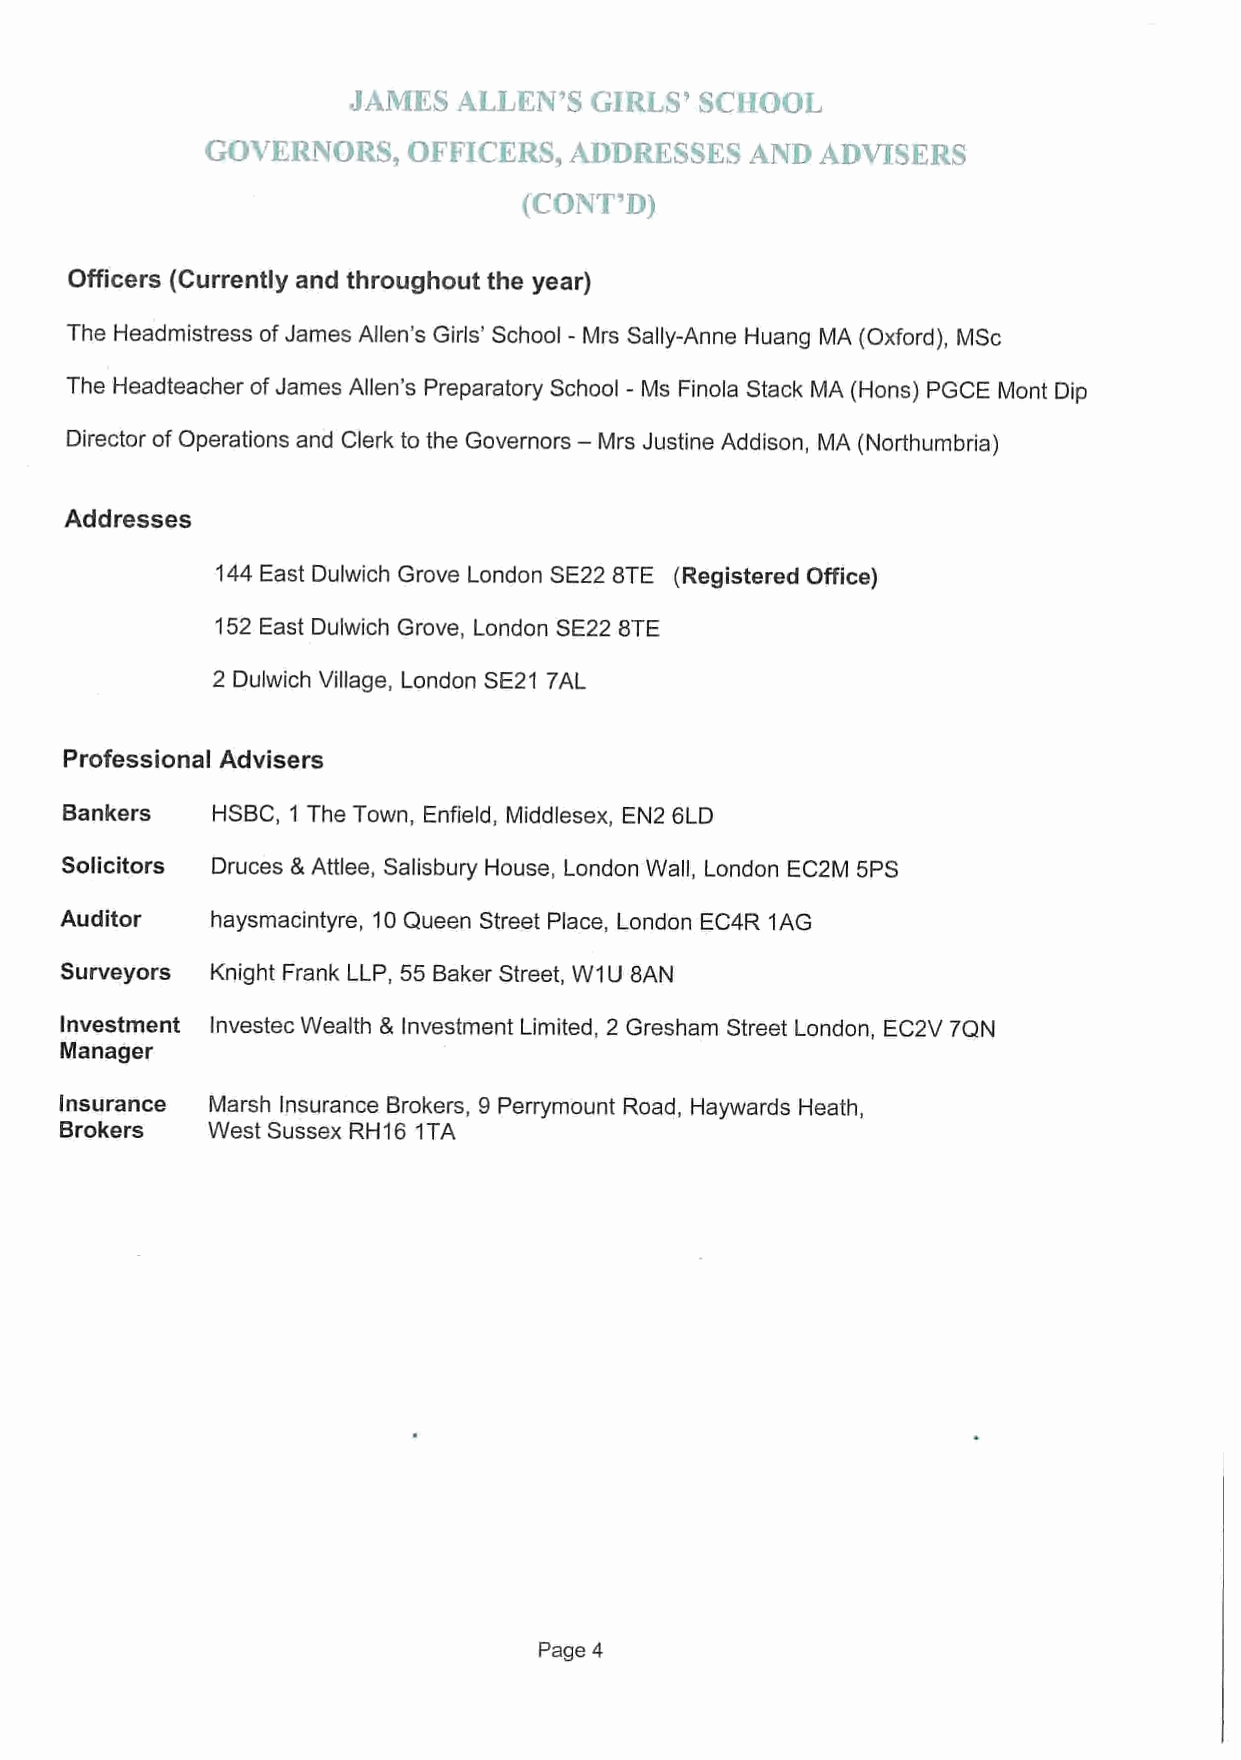
,jAlVOKS A.LI,ILK'S GlAk. S' SCI~OOL
 GO%''Kt'NOPS, OI F'ICKRS, AIN3PI:SSES AND ADVISERS
 (CONT'0)
 Officers (Currently and throughout the year)
 The Headmistress ofJames Allen's Girls' School - Mrs Sally-Anne Huang MA (Oxford), MSc
 The Headteacher ofJames Allen's Preparatory School - Ms Finola Stack MA (Hons) PGCE Mont Dip
 —
 Director of Operations and Clerk to the Governors Mrs Justine Addison, MA (Northumbria)
 Addresses
 144 East Dulwich Grove London SE22 8TE (Registered Office)
 152 East Dulwich Grove, London SE22 8TE
 2 Dulwich Village, London SE21 7AL
 Professional Advisers
 Bankers   HSBC, 1 The Town, Enfield, Middlesex, EN2 6LD
 Solicitors Druces 8 Attlee, Salisbury House, London Wall, London EC2M 5PS
 Auditor   haysmacintyre, 10Queen Street Place, London EC4R 1AG
 Surveyors Knight Frank LLP, 55 Baker Street, W1U 8AN
 Investment Investec Wealth 8 Investment Limited, 2 Gresham Street London, EC2V 7QN
 Manager
 Insurance Marsh Insurance Brokers, 9 Perrymount Road, Haywards Heath,
 Brokers   West Sussex RH16 1TA
 Page 4